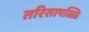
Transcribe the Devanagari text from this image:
तरिसापळ्ळि